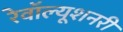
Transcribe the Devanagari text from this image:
रेवॉल्यूशनरी